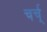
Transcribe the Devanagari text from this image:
चर्च्